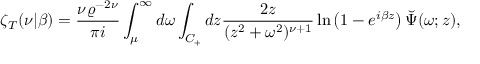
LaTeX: \zeta _ { T } ( \nu | \beta ) = { \frac { \nu \varrho ^ { - 2 \nu } } { \pi i } } \int _ { \mu } ^ { \infty } d \omega \int _ { C _ { + } } d z { \frac { 2 z } { ( z ^ { 2 } + \omega ^ { 2 } ) ^ { \nu + 1 } } } \ln \left( 1 - e ^ { i \beta z } \right) \breve { \Psi } ( \omega ; z ) ,